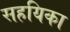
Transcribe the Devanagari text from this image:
सहयिका